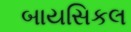
બાયસિકલ